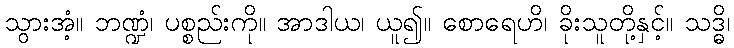
သွားအံ့။ ဘဏ္ဍံ၊ ပစ္စည်းကို။ အာဒါယ၊ ယူ၍။ စောရေဟိ၊ ခိုးသူတို့နှင့်။ သဒ္ဓိ၊